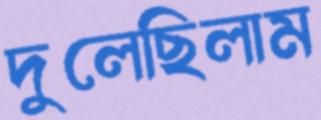
দুলেছিলাম